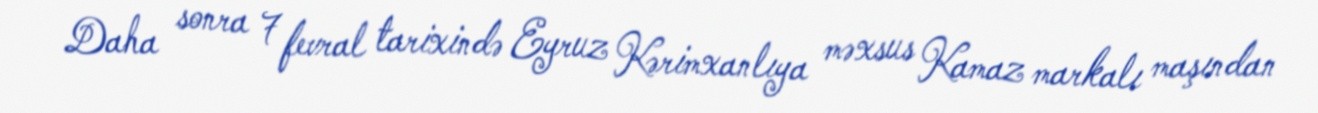
Daha sonra 7 fevral tarixində Eyruz Kərimxanlıya məxsus Kamaz markalı maşından